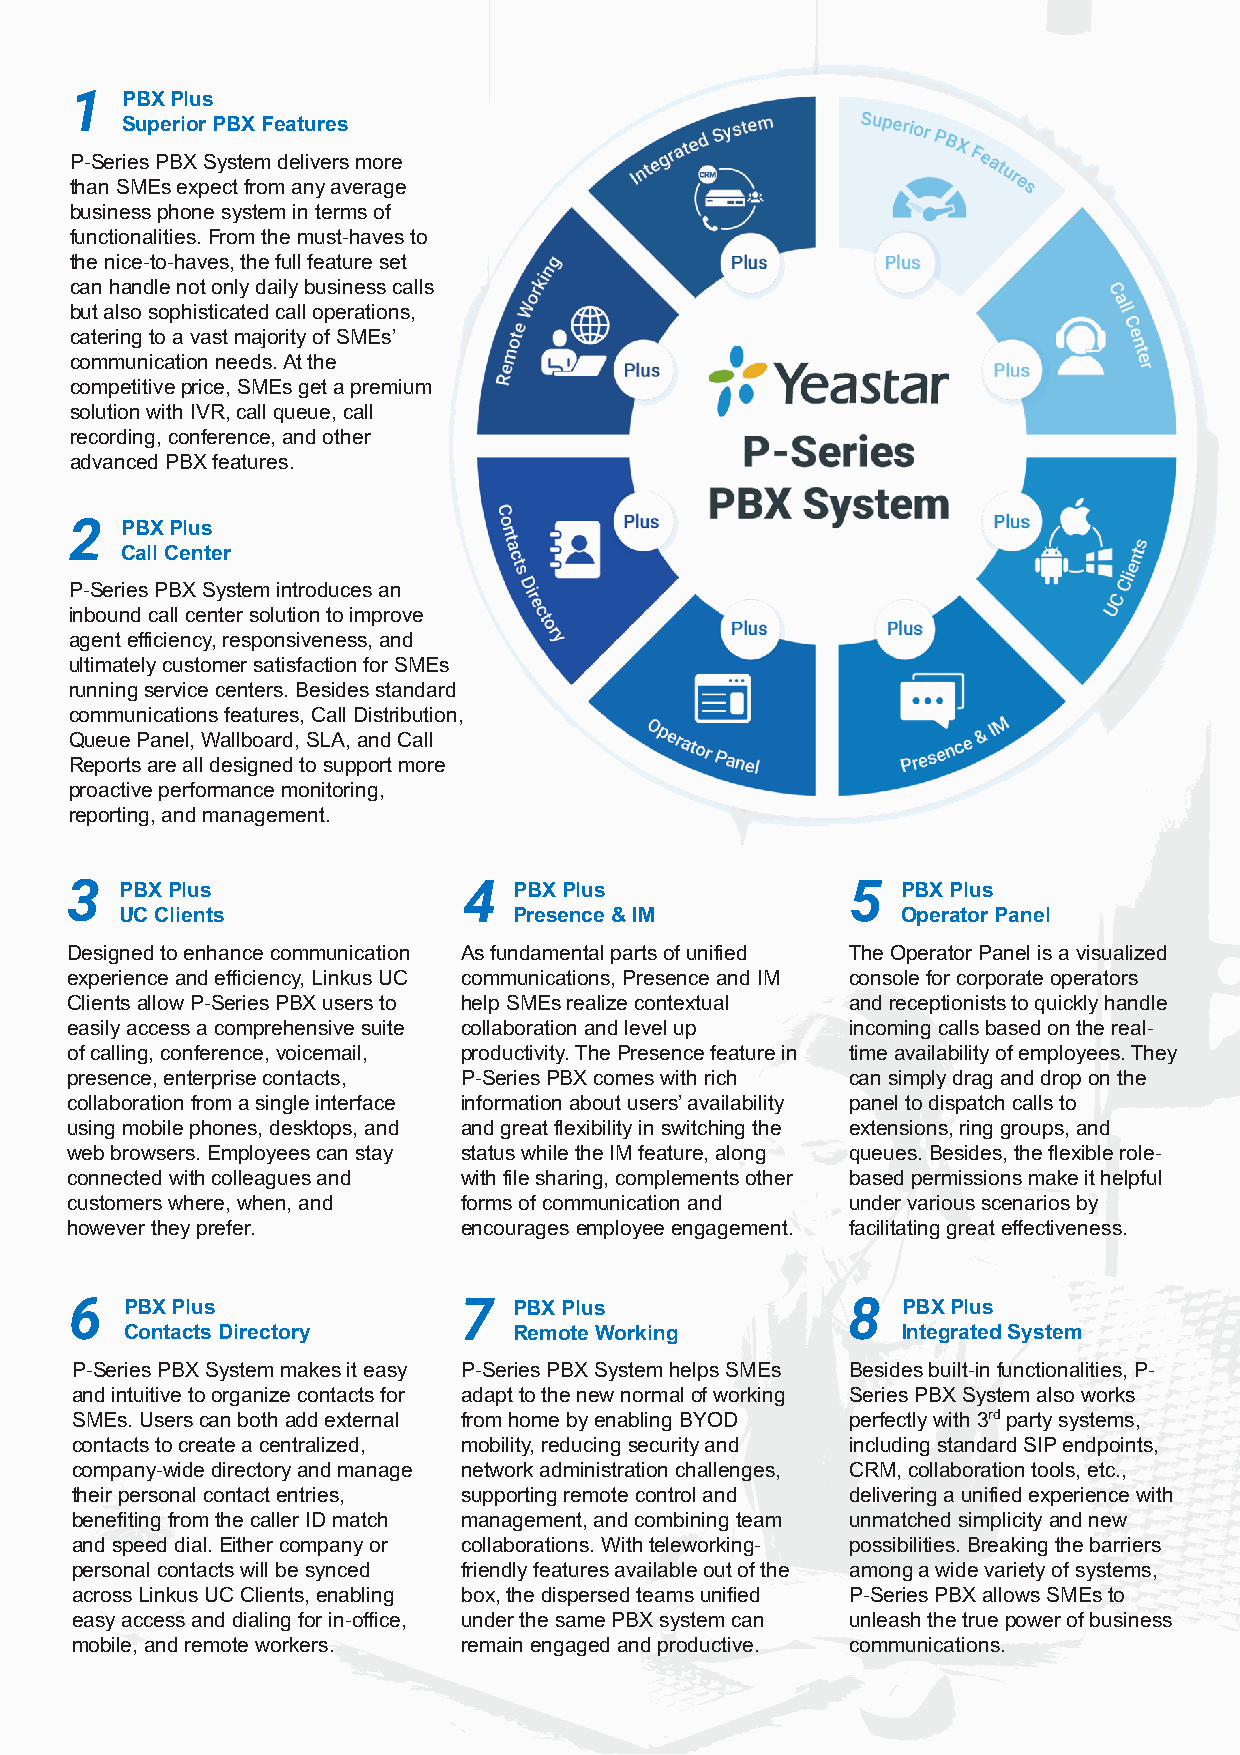
Datasheet
 1  PBX Plus
 Superior PBX Features
 P -Series PBX System delivers more
 than SMEs expect from any average
 business phone system in terms of
 f unctionalities. From the must-haves to
 t he nice-to-haves, the full feature set
 can handle not only daily business calls
 but also sophisticated call operations,
 catering to a vast majority of SMEs’
 c ommunication needs. At the
 competitive price, SMEs get a premium
 solution with IVR, call queue, call
 recording, conference, and other
 advanced PBX features.
 2  PBX Plus
 Call Center
 P-Series PBX System introduces an
 inbound call center solution to improve
 agent efficiency, responsiveness, and
 ultimately customer satisfaction for SMEs
 running service centers. Besides standard
 communications features, Call Distribution,
 Queue Panel, Wallboard, SLA, and Call
 Reports are all designed to support more
 proactive performance monitoring,
 reporting, and management.
 3   PBX Plus               4  PBX Plus              5   PBX Plus
 UC Clients                Presence & IM             Operator Panel
 Designed to enhance communication As fundamental parts of unified The Operator Panel is a visualized
 experience and efficiency, Linkus UC communications, Presence and IM console for corporate operators
 Clients allow P-Series PBX users to help SMEs realize contextual and receptionists to quickly handle
 easily access a comprehensive suite collaboration and level up incoming calls based on the real-
 of calling, conference, voicemail, productivity. The Presence feature in time availability of employees. They
 presence, enterprise contacts, P-Series PBX comes with rich can simply drag and drop on the
 collaboration from a single interface information about users’ availability panel to dispatch calls to
 using mobile phones, desktops, and and great flexibility in switching the extensions, ring groups, and
 web browsers. Employees can stay status while the IM feature, along queues. Besides, the flexible role-
 connected with colleagues and with file sharing, complements other based permissions make it helpful
 customers where, when, and forms of communication and under various scenarios by
 however they prefer.      encourages employee engagement. facilitating great effectiveness.
 6  PBX Plus              7   PBX Plus              8   PBX Plus
 Contacts Directory        Remote Working            Integrated System
 P-Series PBX System makes it easy P-Series PBX System helps SMEs Besides built-in functionalities, P-
 and intuitive to organize contacts for adapt to the new normal of working Series PBX System also works
 SMEs. Users can both add external from home by enabling BYOD perfectly with 3rd party systems,
 contacts to create a centralized, mobility, reducing security and including standard SIP endpoints,
 company-wide directory and manage network administration challenges, CRM, collaboration tools, etc.,
 their personal contact entries, supporting remote control and delivering a unified experience with
 benefiting from the caller ID match management, and combining team unmatched simplicity and new
 and speed dial. Either company or collaborations. With teleworking- possibilities. Breaking the barriers
 personal contacts will be synced friendly features available out of the among a wide variety of systems,
 across Linkus UC Clients, enabling box, the dispersed teams unified P-Series PBX allows SMEs to
 easy access and dialing for in-office, under the same PBX system can unleash the true power of business
 mobile, and remote workers. remain engaged and productive. communications.
 Yeastar P-Series PBX System
 www.yeastar.com